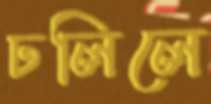
ঢলিলে